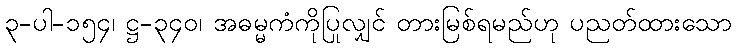
၃-ပါ-၁၅၄၊ ဋ္ဌ-၃၄၀၊ အဓမ္မကံကိုပြုလျှင် တားမြစ်ရမည်ဟု ပညတ်ထားသော